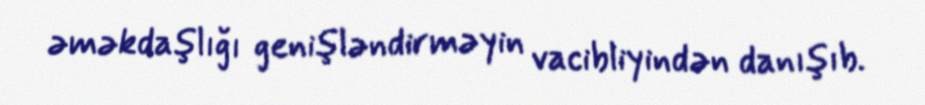
əməkdaşlığı genişləndirməyin vacibliyindən danışıb.